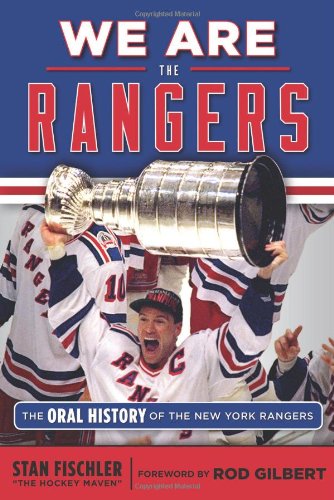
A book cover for We Are the Rangers: The Oral History of the New York Rangers; Stan Fischler; Sports & Outdoors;